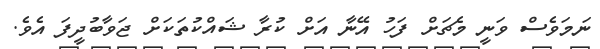
ނަމަވެސް ވަނީ މެޗަށް ފަހު އޭނާ އަށް ކުރާ ޝައްކުތަކަށް ޖަވާބުދީފަ އެވެ.